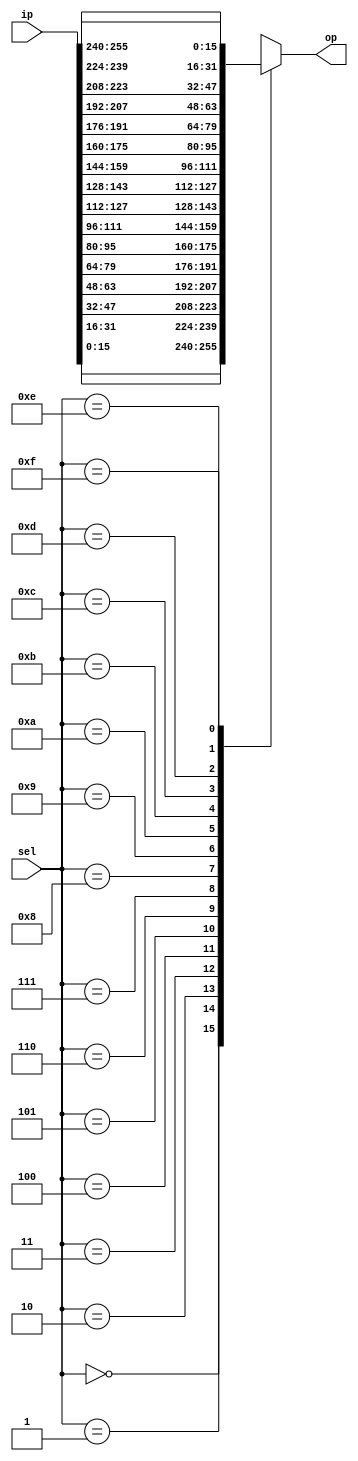
module mux(ip,sel,op);
  parameter m=4;
  
  input [2**m*2**m-1:0]ip;
  input [m-1:0]sel;
  output [2**m-1:0]op;
  
  wire     [2**m-1:0]array[2**m-1:0];
  
  assign {array[15],array[14],array[13],array[12],array[11],array[10],array[9],array[8],array[7],array[6],array[5],array[4],array[3],array[2],array[1],array[0]} = ip;
  
  assign op=array[sel];
  
endmodule